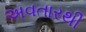
અવતારથી